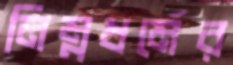
নিম্নধর্মের